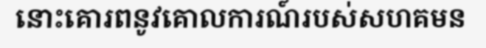
នោះគោរពនូវគោលការណ៍របស់សហគមន